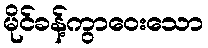
မိုင်ခန့်ကွာဝေးသော